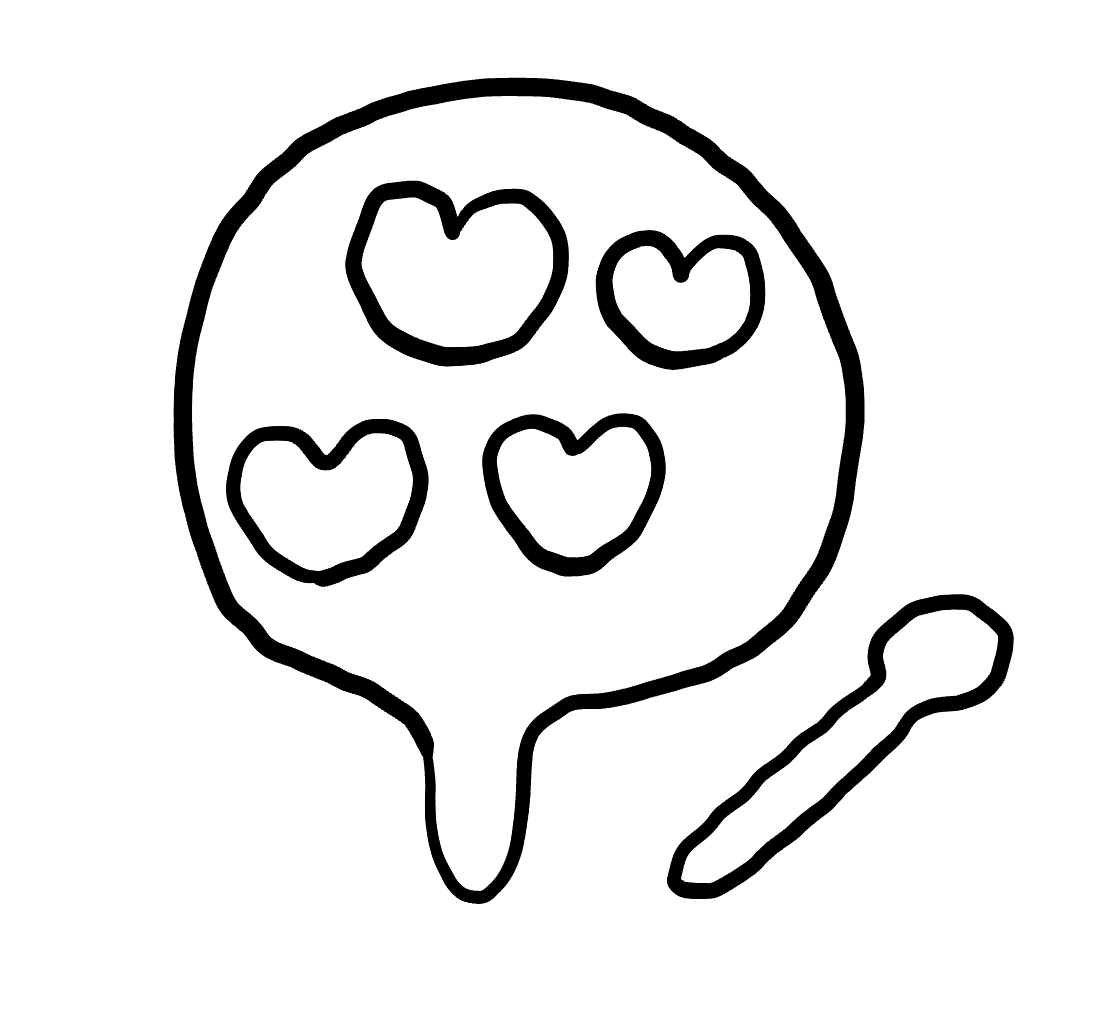
Number of regions (including the outer root region): 7
Containment tree edges (parent, child): 0, 1, 0, 2, 2, 3, 2, 4, 2, 5, 2, 6